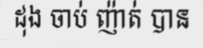
ដុង ចាប់ ញ៉ាត់ បាន